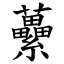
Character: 虆